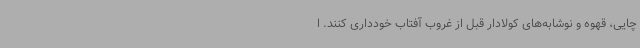
چایی، قهوه و نوشابه‌های کولادار قبل از غروب آفتاب خودداری کنند. ا